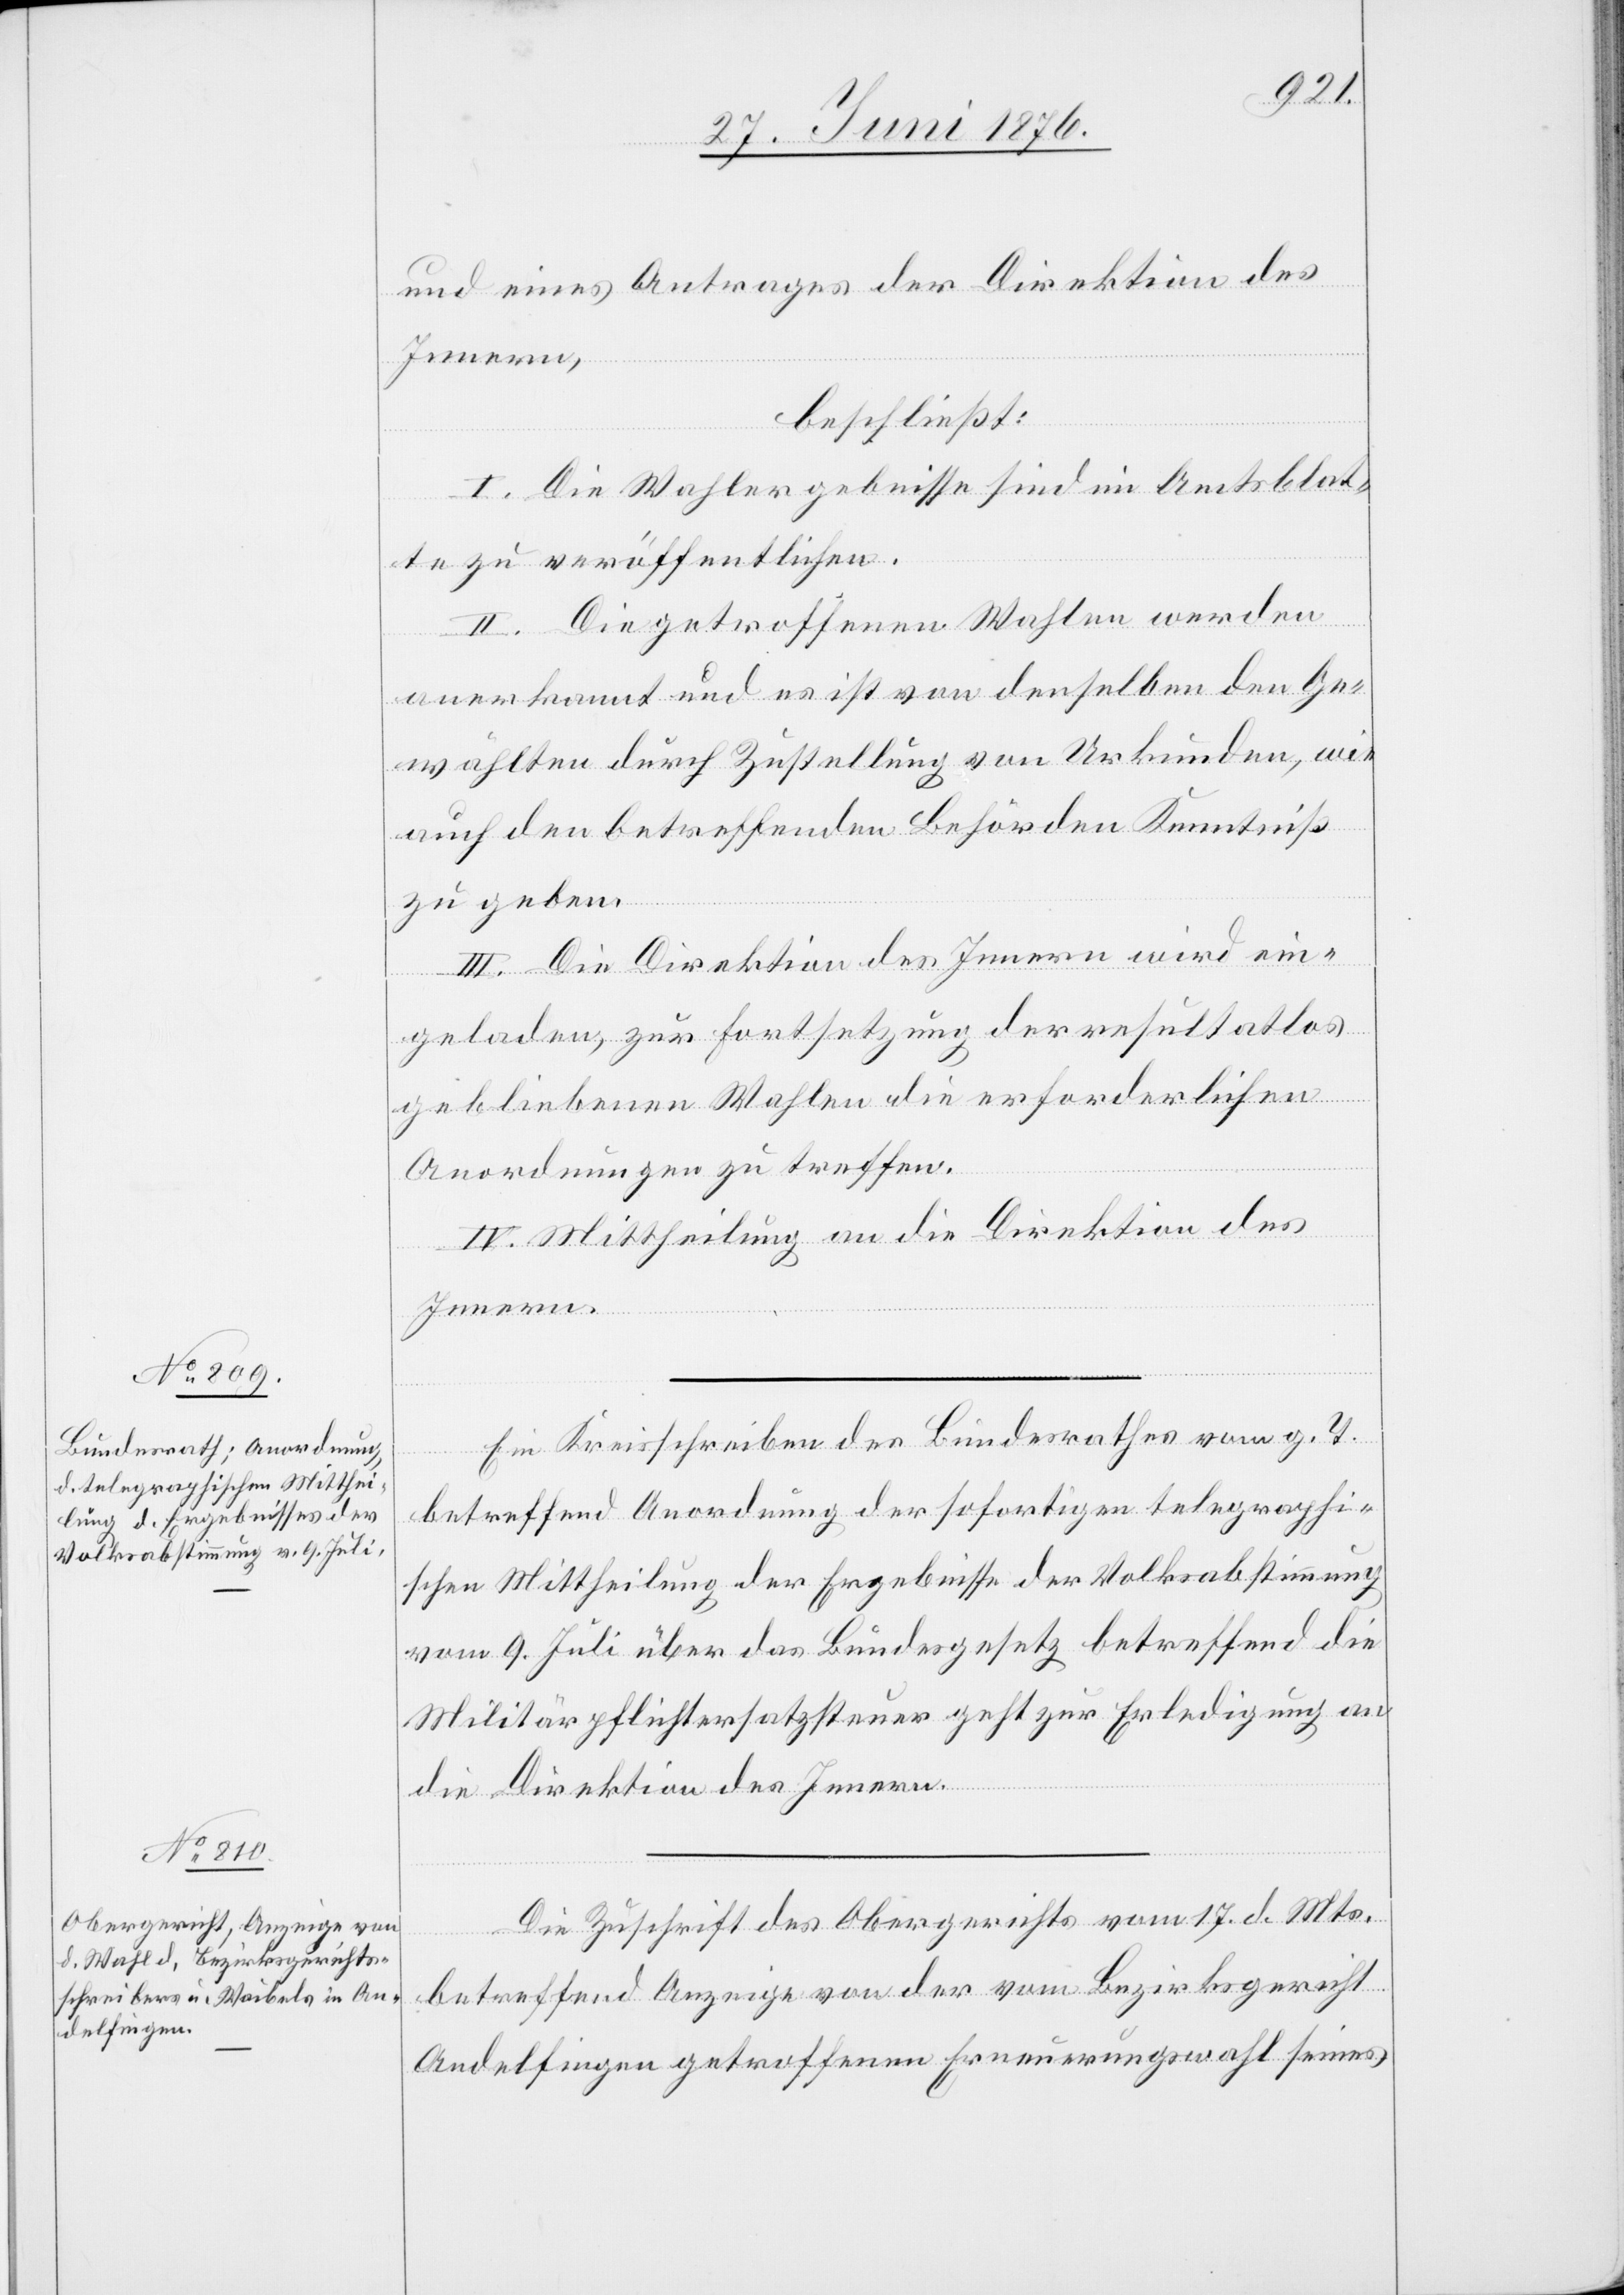
28. Juni 1876.]
und eines Antrages der Direktion des
Innern,
beschließt:
I. Die Wahlergebnisse sind im Amtsblat¬
te zur veröffentlichen.
II. Die getroffenen Wahlen werden
anerkannt und es ist von denselben den Ge¬
wählten durch Zustellung von Urkunden, wie
auch den betreffenden Behörden Kenntniß
zu geben.
III. Die Direktion des Innern wird ein¬
geladen, zur Fortsetzung der resultatlos
gebliebenen Wahlen die erforderlichen
Anordnungen zu treffen.
IV. Mittheilung an die Direktion des
Innern.
Ein Kreisschreiben des Bundesrathes vom g. T.
betreffend Anordnung der sofortigen telegraphi¬
schen Mittheilung der Ergebnisse der Volksabstimmung
vom 9. Juli über das Bundesgesetz betreffend die
Militärpflichtersatzsteuer geht zur Erledigung an
die Direktion des Innern.
Die Zuschrift des Obergerichts vom 17. d. Mts.
betreffend Anzeige von der vom Bezirksgericht
Andelfingen getroffenen Erneuerungswahl seines